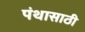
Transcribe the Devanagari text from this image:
पंथासाठी